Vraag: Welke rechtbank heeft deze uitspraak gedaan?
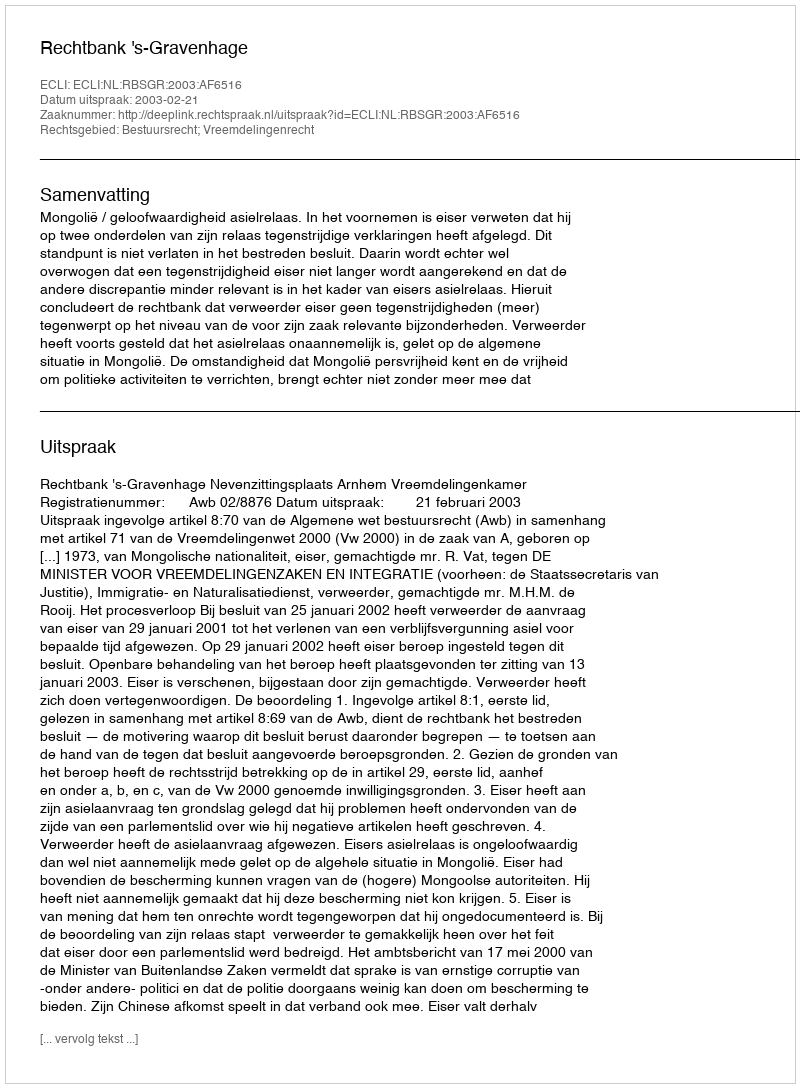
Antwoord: Rechtbank 's-Gravenhage